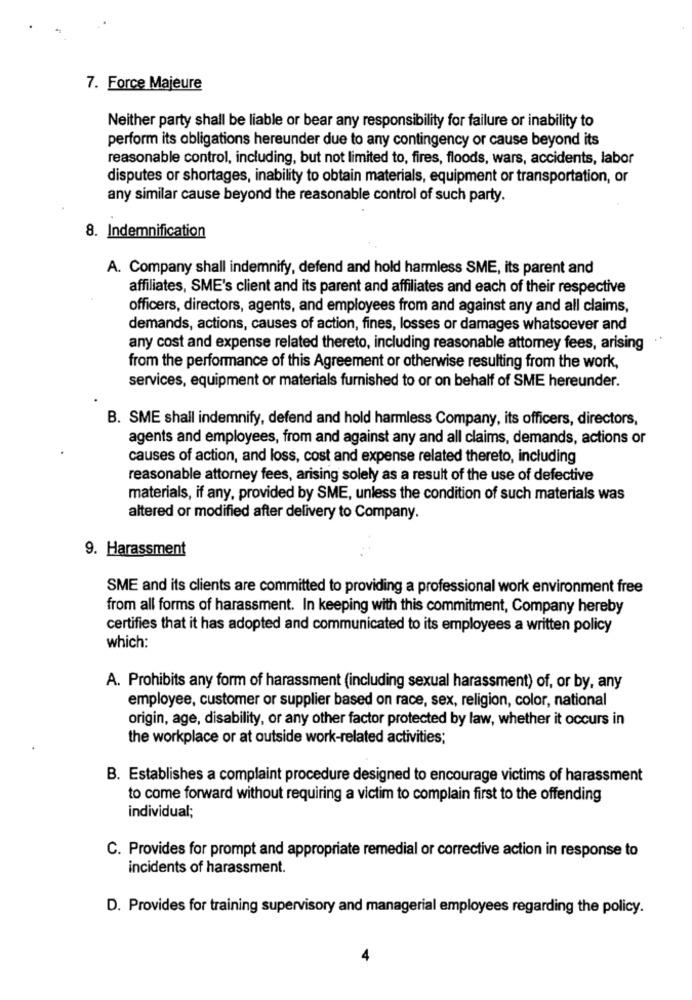
7. Force Majeure
Neither party shall be liable or bear any responsibility for failure or inability to
perform its obligations hereunder due to any contingency or cause beyond its
reasonable control, including, but not limited to, fires, floods, wars, accidents, labor
disputes or shortages, inability to obtain materials, equipment or transportation, or
any similar cause beyond the reasonable control of such party.
8. Indemnification
A. Company shall indemnify, defend and hold harmless SME, its parent and
affiliates, SME's client and its parent and affiliates and each of their respective
officers, directors, agents, and employees from and against any and all claims,
demands, actions, causes of action, fines, losses or damages whatsoever and
any cost and expense related thereto, including reasonable attomey fees, arising
from the performance of this Agreement or otherwise resulting from the work,
services, equipment or materials furnished to or on behalf of SME hereunder.
B. SME shall indemnify, defend and hold harmless Company, its officers, directors,
agents and employees, from and against any and all claims, demands, actions or
causes of action, and loss, cost and expense related thereto, including
reasonable attorney fees, arising solely as a result of the use of defective
materials, if any, provided by SME, unless the condition of such materials was
altered or modified after delivery to Company.
9. Harassment
SME and its clients are committed to providing a professional work environment free
from all forms of harassment. In keeping with this commitment, Company hereby
certifies that it has adopted and communicated to its employees a written policy
which:
A. Prohibits any form of harassment (including sexual harassment) of, or by, any
employee, customer or supplier based on race, sex, religion, color, national
origin, age, disability, or any other factor protected by law, whether it occurs in
the workplace or at outside work-related activities;
B. Establishes a complaint procedure designed to encourage victims of harassment
to come forward without requiring a victim to complain first to the offending
individual;
C. Provides for prompt and appropriate remedial or corrective action in response to
incidents of harassment.
D. Provides for training supervisory and managerial employees regarding the policy.